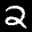
Label: 2